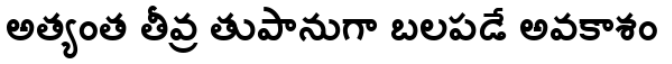
అత్యంత తీవ్ర తుపానుగా బలపడే అవకాశం